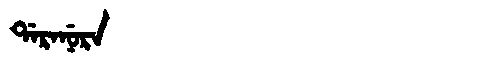
Manchu: ᡩᠠᡵᠠᠨᡠᡵᠠ
Romanization: DARANURA